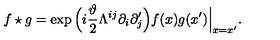
f \star g = \exp \Big ( i \frac { \vartheta } { 2 } \Lambda ^ { i j } \partial _ { i } \partial _ { j } ^ { \prime } \Big ) f ( x ) g ( x ^ { \prime } ) \Big \vert _ { x = x ^ { \prime } } .